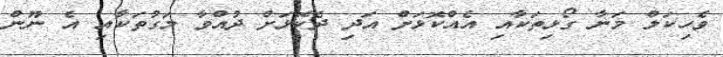
ވެހިކަލް މަނާ ގޯޅިތަކާއި އެއްކޮޅަށް އަދި ދެކޮޅަށް ދުއްވާ މަގުތަކާއި އެ ނޫން